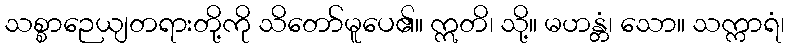
သစ္စာဉေယျတရားတို့ကို သိတော်မူပေ၏။ ဣတိ၊ သို့။ မဟန္တံ၊ သော။ သက္ကာရံ၊